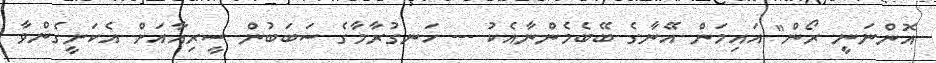
އޮންނަނީ ރޯން" އައިމަން އޭނާގެ ބޭބެމެންނާއެކު --- ހަނގުރާމާގެ ސަބަބުން ސީރިއާއަށް އެކަށީގެންވާ